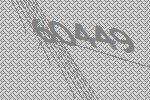
60449